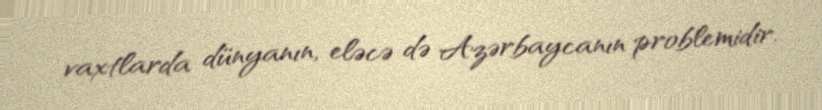
vaxtlarda dünyanın, eləcə də Azərbaycanın problemidir.